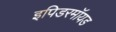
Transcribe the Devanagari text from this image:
इपिडरमॉयड